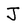
Character: J